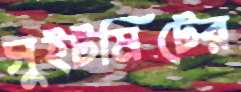
সুইটমিটের